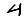
Digit: 4